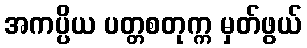
အကပ္ပိယ ပတ္တစတုက္က မှတ်ဖွယ်